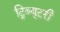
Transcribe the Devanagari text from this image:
ट्रिब्युटरी